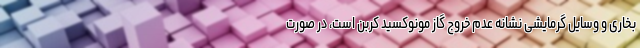
بخاری و وسایل گرمایشی نشانه عدم خروج گاز مونوکسید کربن است، در صورت